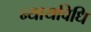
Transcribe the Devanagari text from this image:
न्यायविधि